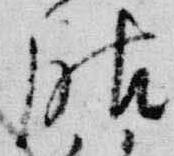
服